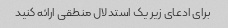
برای ادعای زیر یک استدلال منطقی ارائه کنید